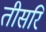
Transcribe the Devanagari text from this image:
तीसरि